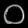
Digit: ၀